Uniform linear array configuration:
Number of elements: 8
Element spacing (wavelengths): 0.25
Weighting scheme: blackman
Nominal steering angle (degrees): -45
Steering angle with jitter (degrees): -45.626
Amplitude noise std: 0.05
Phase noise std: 0.05

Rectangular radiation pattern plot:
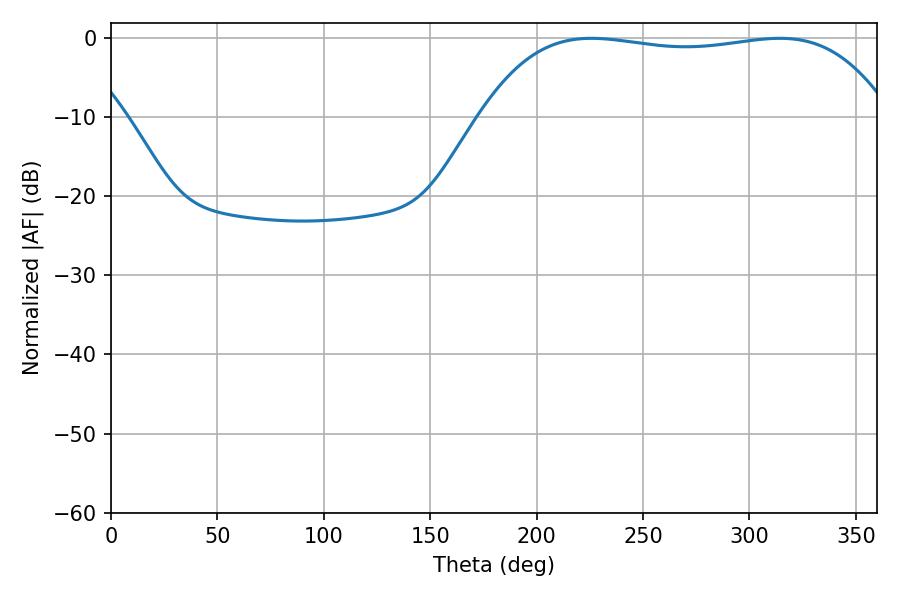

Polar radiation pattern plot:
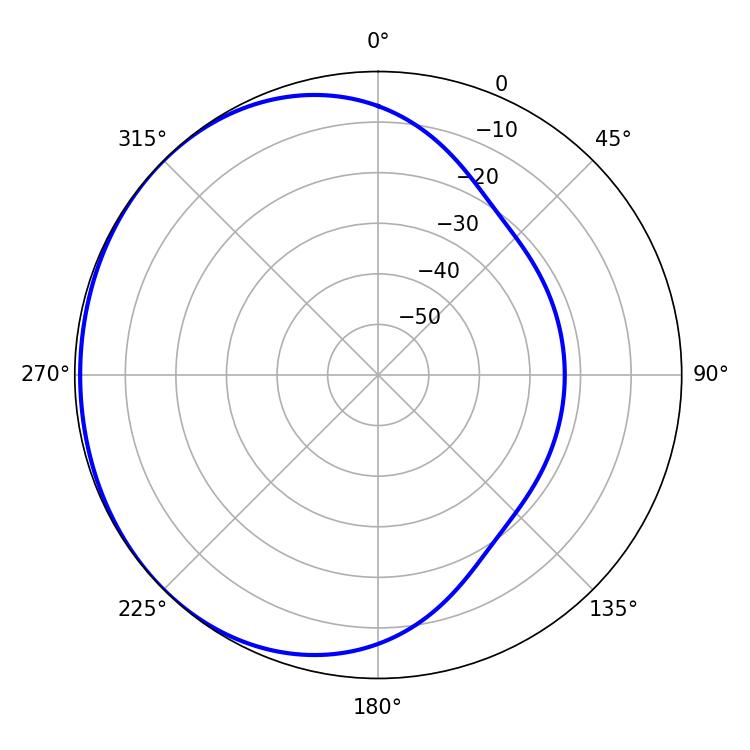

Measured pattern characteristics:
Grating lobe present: FALSE
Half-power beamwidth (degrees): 152.28
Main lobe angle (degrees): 225.72